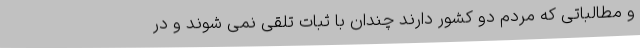
و مطالباتی که مردم دو کشور دارند چندان با ثبات تلقی نمی شوند و در